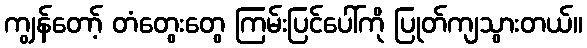
ကျွန်တော့် တံတွေးတွေ ကြမ်းပြင်ပေါ်ကို ပြုတ်ကျသွားတယ်။